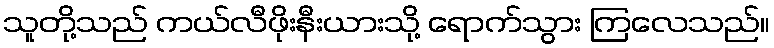
သူတို့သည် ကယ်လီဖိုးနီးယားသို့ ရောက်သွား ကြလေသည်။